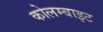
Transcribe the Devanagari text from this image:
कोलम्बाइट